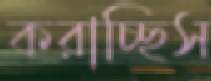
করাচ্ছিস